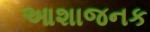
આશાજનક